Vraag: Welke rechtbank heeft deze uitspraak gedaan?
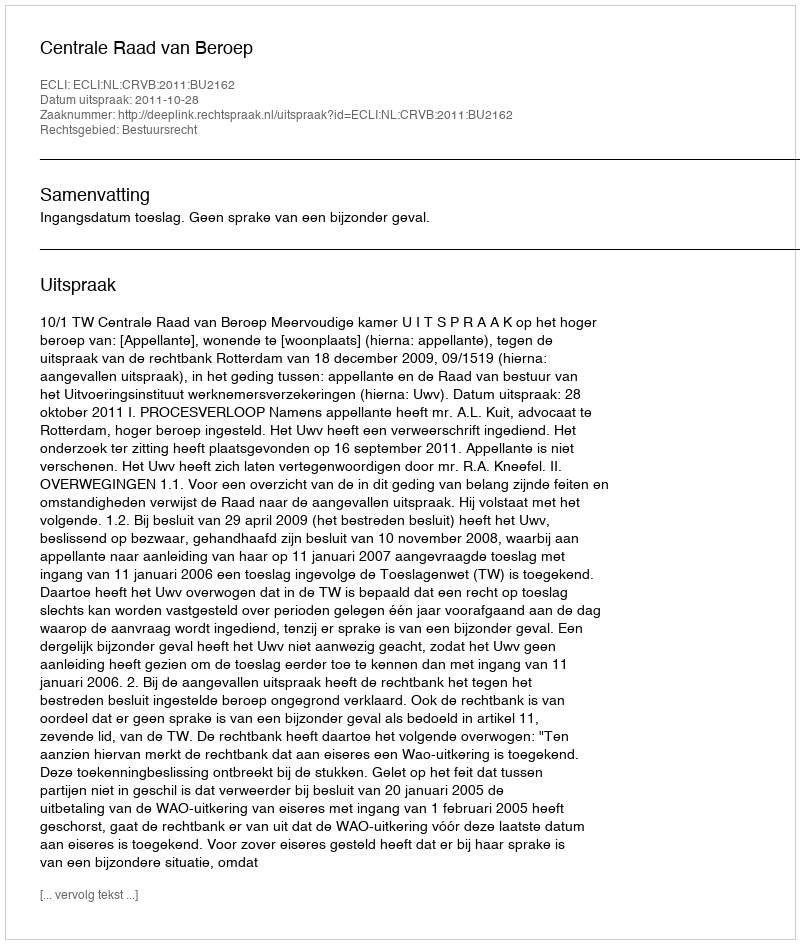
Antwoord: Centrale Raad van Beroep